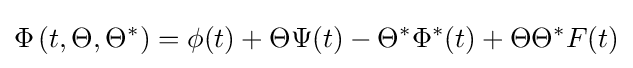
\Phi \left(t,\Theta ,\Theta ^{*}\right)=\phi (t)+\Theta \Psi (t)-\Theta ^{*}\Phi ^{*}(t)+\Theta \Theta ^{*}F(t)